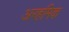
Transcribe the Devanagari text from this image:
अरहमिक